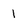
Character: 1